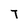
Character: T